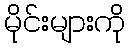
မိုင်းများကို